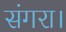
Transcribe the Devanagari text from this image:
संगरा।